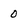
Character: 0